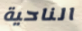
الناحية